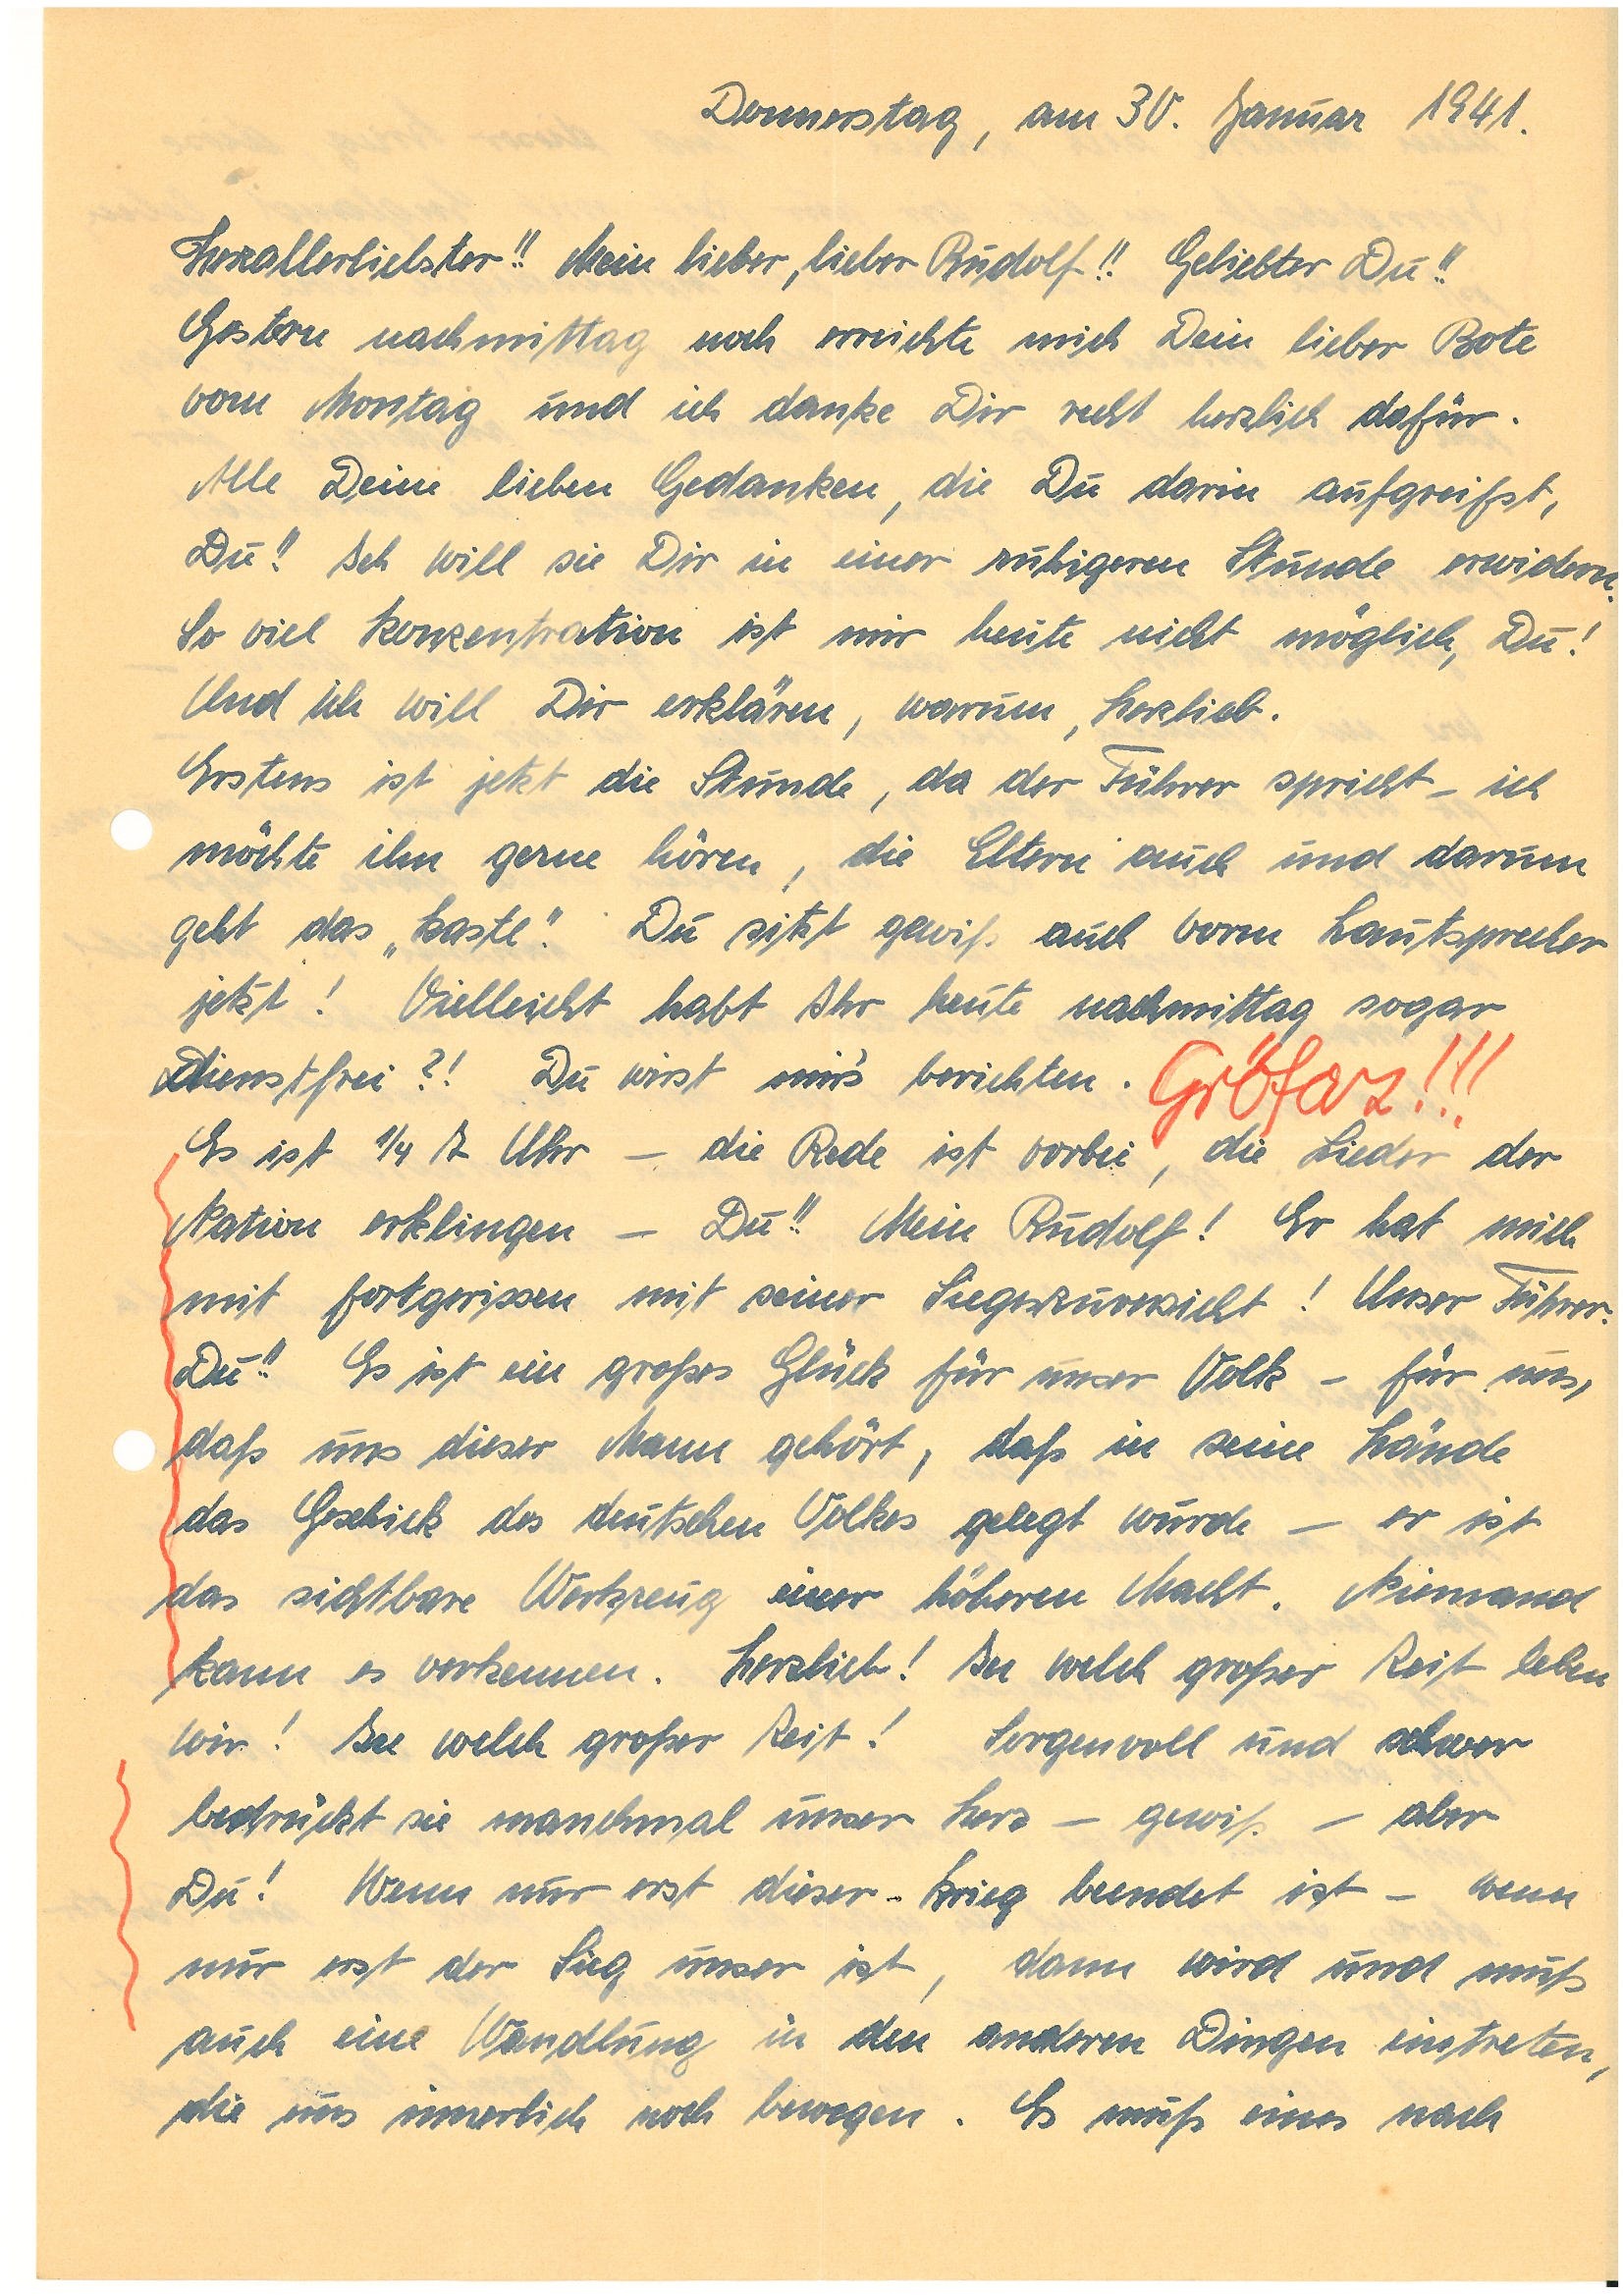
Donnerstag, am 30. Januar 1941.
Herzallerliebster!! Mein lieber, lieber !! Geliebter Du!!
Gestern nachmittag noch erreichte mich Dein lieber Bote
vom Montag und ich danke Dir recht herzlich dafür.
Alle Deine lieben Gedanken, die Du darin aufgreifst,
Du!! Ich will sie Dir in einer ruhigeren Stunde erwidern.
So viel Konzentration ist mir heute nicht möglich, Du!
Und ich will Dir erklären, warum, Herzlieb.
Erstens ist jetzt die Stunde, da der Führer spricht, ich
möchte ihn gerne hören, die Eltern auch und darum
geht das „Kastel“. Du sitzt gewiß auch vorm Lautsprecher
jetzt! Vielleicht habt Ihr heute nachmittag sogar
dienstfrei?! Du wirst mirs’ berichten. Gröfaz !!!
Es ist ¼ 7 Uhr – die Rede ist vorbei, die Lieder der
Nation erklingen – Du!! Mein ! Er hat mich
mit fortgerissen mit seiner Siegeszuversicht! Unser Führer.
Du!! Er ist ein großes Glück für unser Volk – für uns,
daß uns dieser Mann gehört, daß in seine Hände
das Geschick des deutschen Volkes gelegt wurde – er ist
das sichtbare Werkzeug einer höheren Macht. Niemand
kann es verkennen. Herzlieb! In welch großer Zeit leben
wir! In welch großer Zeit! Sorgenvoll und schwer
bedrückt sie manchmal unser Herz – gewiß – aber
Du! Wenn nur erst dieser Krieg beendet ist – wenn
nur erst der Sieg unser ist, dann wird und muß
auch eine Wandlung in den anderen Dingen eintreten,
die uns innerlich noch bewegen. Es muß eines nach